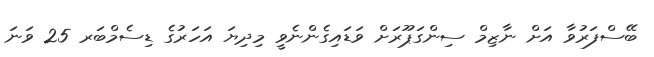
ބޭސްފަރުވާ އަށް ނާޒިމް ސިންގަޕޫރަށް ވަޑައިގެންނެވީ މިދިޔަ އަހަރުގެ ޑިސެމްބަރ 25 ވަނަ